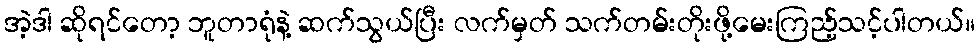
အဲ့ဒါ ဆိုရင်တော့ ဘူတာရုံနဲ့ ဆက်သွယ်ပြီး လက်မှတ် သက်တမ်းတိုးဖို့မေးကြည့်သင့်ပါတယ်။